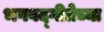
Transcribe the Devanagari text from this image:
भगवद्‌गीतेच्या